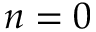
n = 0